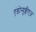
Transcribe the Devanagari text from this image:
एंडोन्युक्लीएज